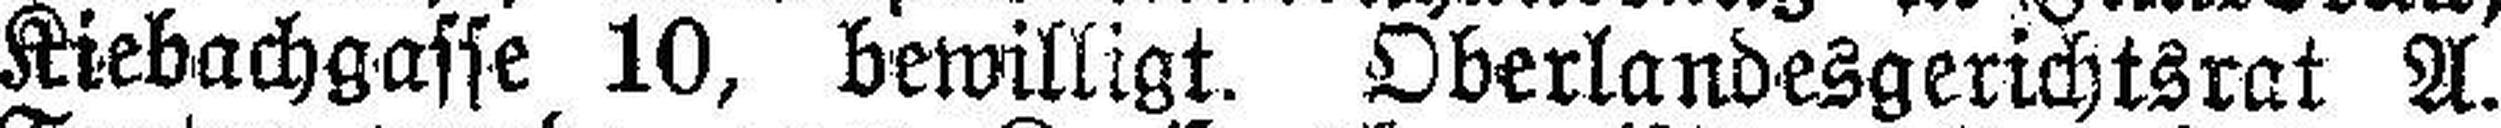
Kiebachgasse 10, bewilligt. Oberlandesgerichtsrat A.